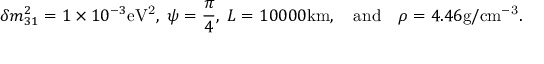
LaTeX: \delta m _ { 3 1 } ^ { 2 } = 1 \times 1 0 ^ { - 3 } \mathrm { e V ^ { 2 } } , \; \psi = \frac { \pi } { 4 } , \; L = 1 0 0 0 0 \mathrm { k m } , \quad \mathrm { a n d } \quad \rho = 4 . 4 6 \mathrm { g / c m ^ { - 3 } } .